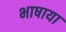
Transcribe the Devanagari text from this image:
भाषाया